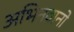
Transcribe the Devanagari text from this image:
अभिनवानो